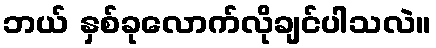
ဘယ် နှစ်ခုလောက်လိုချင်ပါသလဲ။